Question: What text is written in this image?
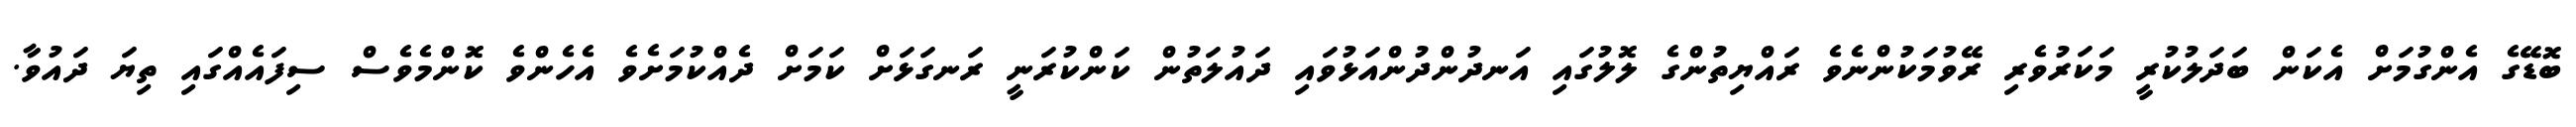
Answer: ބޮޑޭގެ އެންގުމަށް އެކަން ބަދަލުކުރީ މަކަރުވެރި ރޭވުމަކުންނެވެ ރައްޔިތުންގެ ލޮލުގައި އަނދުންދުންއަޅުވައި ދައުލަތުން ކަންކުރަނީ ރަނގަޅަށް ކަމަށް ދެއްކުމަށެވެ އެހެންވެ ކޮންމެވެސް ސިފައެއްގައި ތިޔަ ދައުވާ.